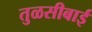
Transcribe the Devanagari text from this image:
तुळसीबाई